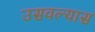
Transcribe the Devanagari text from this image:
उसवल्यास